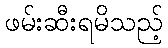
ဖမ်းဆီးရမိသည့်